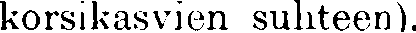
korsikasvien suhteen).